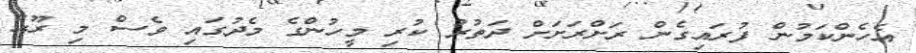
އެހެންކަމުން ފުރައިގެން ރަށްރަށަށް ދަތުރު ކުރި މީހުންގެ މެދުގައި ވެސް މި ރޫޙު